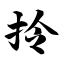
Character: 拎